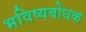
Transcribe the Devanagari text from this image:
भविष्यबोधक